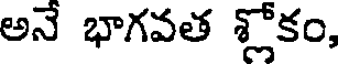
అనే భాగవత శ్లోకం,